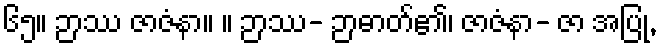
၆၅။ ဉာဿ ဇာဇံနာ။ ။ ဉာဿ- ဉာဓာတ်၏၊ ဇာဇံနာ- ဇာ အပြု,